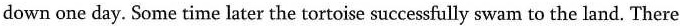
down one day. Some time later the tortoise successfully swam to the land. There